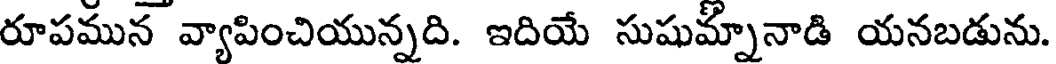
రూపమున వ్యాపించియున్నది. ఇదియే సుషుమ్నానాడి యనబడును.